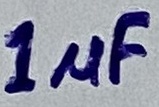
Text: 1µF